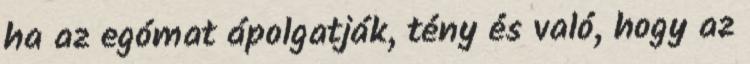
ha az egómat ápolgatják, tény és való, hogy az